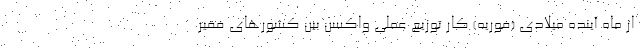
از ماه آینده میلادی (فوریه) کار توزیع عملی واکسن بین کشورهای فقیر